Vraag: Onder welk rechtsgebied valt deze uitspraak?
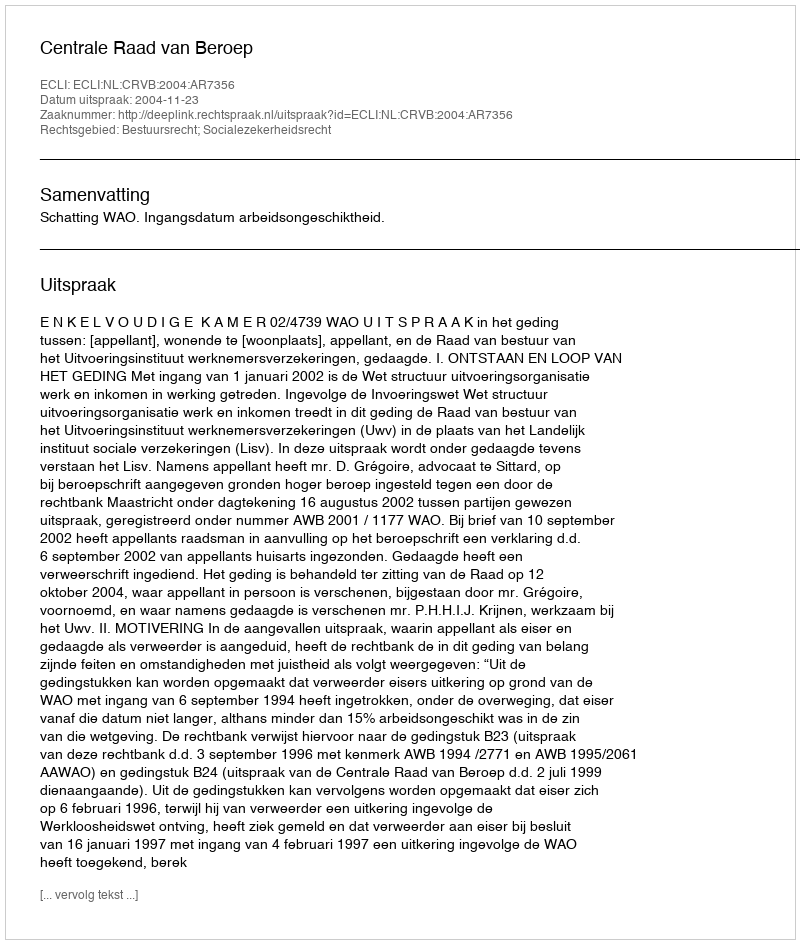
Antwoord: Bestuursrecht; Socialezekerheidsrecht